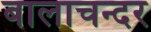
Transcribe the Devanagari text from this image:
बालाचन्दर